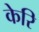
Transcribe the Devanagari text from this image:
केरि